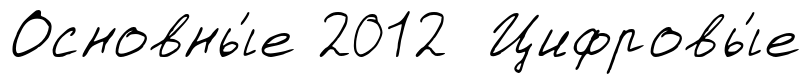
Основны́е 2012 Цифровы́е